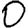
Digit: 0